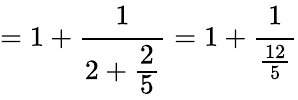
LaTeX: =1+{\cfrac{1}{2+{\cfrac{2}{5}}}}=1+{\cfrac{1}{\frac{12}{5}}}